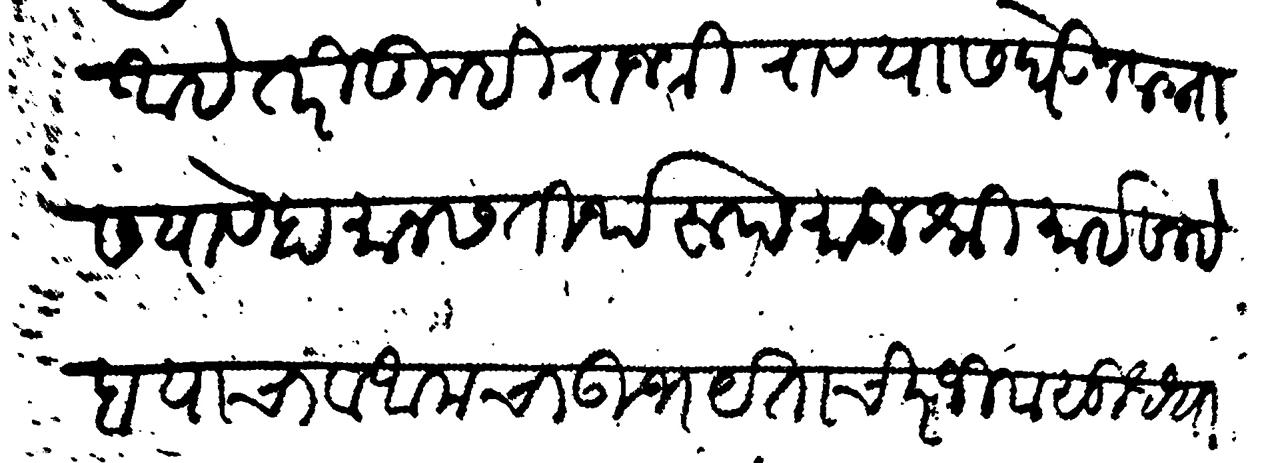
Transliteration (Devanagari): आहे तरी तुम्ही राजश्री राव यास घेऊन लग्नास यावे हा मानस तीर्थरूप मातुश्री माईसाहेब याचा व आमचा उभयता चिरजीव सुध्धा